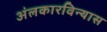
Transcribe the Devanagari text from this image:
अंलकारविन्यास